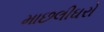
માછલીઘરો